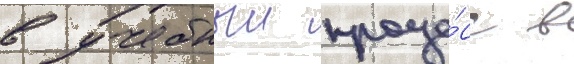
в учебныи проце́сс в